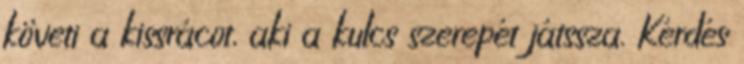
követi a kissrácot, aki a kulcs szerepét játssza. Kérdés